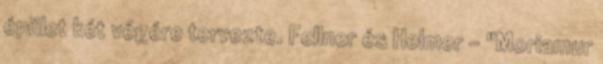
épület két végére tervezte. Fellner és Helmer - "Moriamur